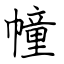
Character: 幢